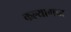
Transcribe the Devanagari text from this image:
कल्याणचा